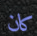
كان